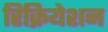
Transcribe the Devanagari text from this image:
रिक्रियेशन